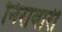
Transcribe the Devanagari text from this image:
निरावारी